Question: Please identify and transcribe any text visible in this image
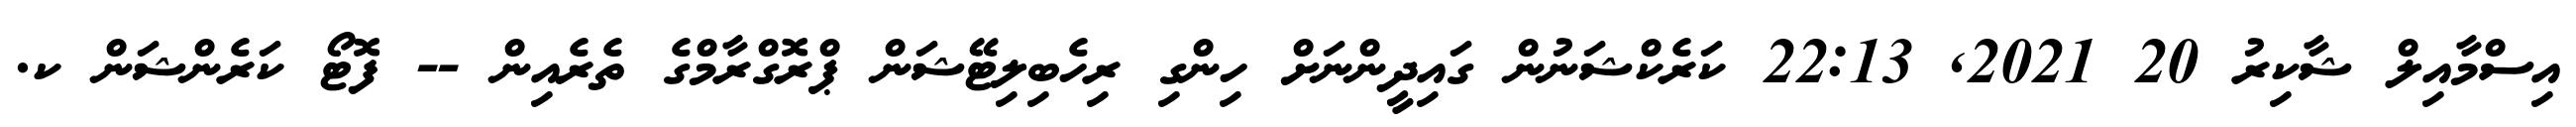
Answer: އިސްމާއިލް ޝާކިރު 20 2021, 22:13 ކަރެކްޝަނުން ގައިދީންނަށް ހިންގި ރިހެބިލިޓޭޝަން ޕްރޮގްރާމްގެ ތެރެއިން -- ފޮޓޯ ކަރެންޝަން ކ.